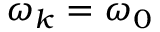
\omega _ { k } = \omega _ { 0 }